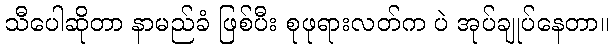
သီပေါဆိုတာ နာမည်ခံ ဖြစ်ပီး စုဖုရားလတ်က ပဲ အုပ်ချုပ်နေတာ။